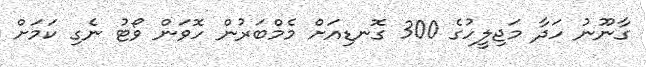
ގާނޫނު ހަދާ މަޖިލީހުގެ 300 ގޮނޑިއަށް މެމްބަރުން ހޮވަން ވޯޓު ނެގި ކަމަށް